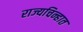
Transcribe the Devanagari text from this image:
राज्यचिन्हात